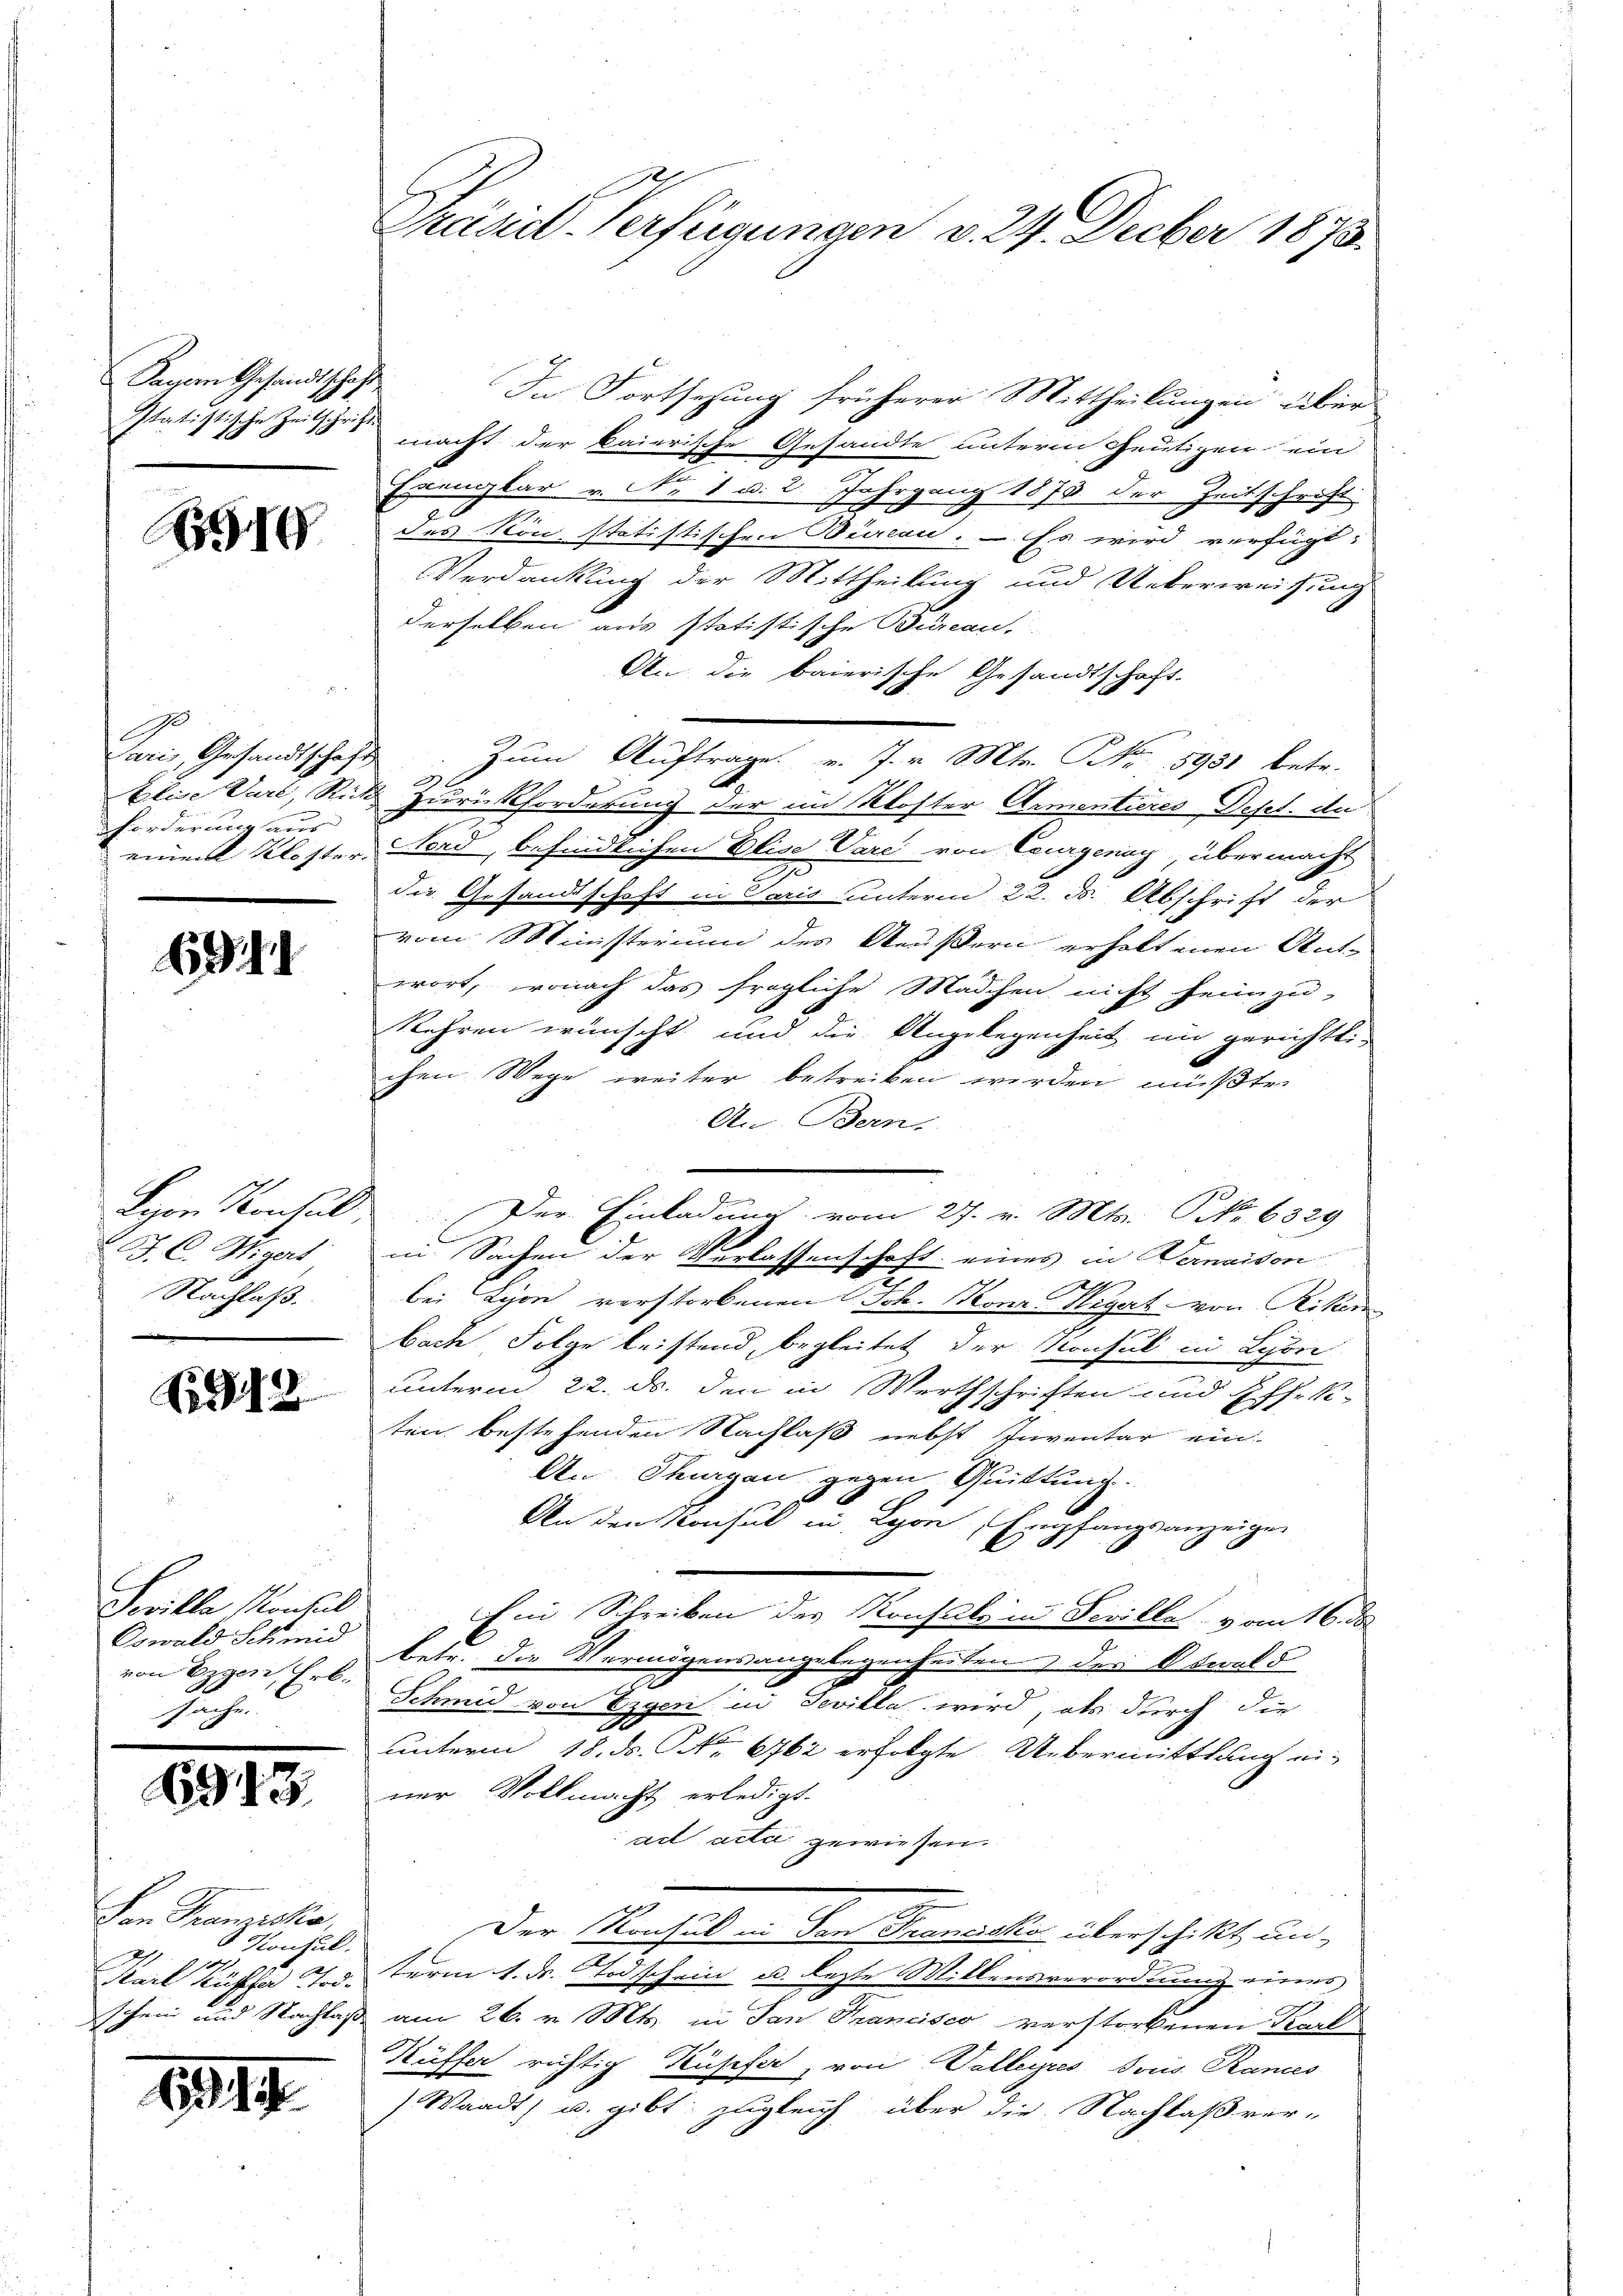
Sachen Gesandtschaft

510

10
Paris Gesandtschaf
Alise Verl, Ric
förderung aus
einem Kloster.

6944

Lyon Konsul
J. C. Wigers
Nachlaß.

512

Scilla Montul
Oswald Schmid
von Eigen, Erb.
sache.

694.

s

Von Franziska,
 Konsul
2/1 1107
Karl Küffer Tod.
schein und Nachlaße

1994.

Präsid. Verfügungen v. 24. Feber 1873.

In Fortsezung früherer Mittheilungen über
Itatistische Zeitsches macht der kaierische Gesandte unterm heutigen ein
Exenglar v. Nr. 1 d. 2. Jahrgang 1873 der Zeitschrift.
des Non statistischen Bircan. – Es wird verfügt:
Verdankung der Mittheilung und Ueberweisung
derselben aus statistische Bureau,
An die baierische Gesandtschaft.
a
c
zum Auftrage v. J. v. Mts. NNo. 18931 betr.
.
k. Zurückforderung der im Kloster Armentieres Depet. di
Nori, befindlichen Elise Vare von Courgenay, übermacht
die Gesandtschaft in Paris unterm 22. d. Abschrift der
vom Ministerium des Aeußern erholtenen Ant-
wort, wonach das fragliche Mädchen nicht heimzu-
kehren wünscht und die Angelegenheit im gerichtlichen Wege weiter betreiben werden müßte.
An-Bern.
Der Einladung vom 27. v. Mts. No 6329
in Sachen der Verlassenschaft eines in Vermaison
bei Lyon verstorbenen Joh. Konz Wigat von Riken
bach Folge leistend, begleitet der Konsul in Lyon
unterm 22. ds. den in Werthschriften und Effek-
ten bestehenden Nachlaß nebst Inventar ein
An Thurgau gegen Quittung.
An den Konsul in Lyon, Empfangsanzeigen
Ein Schreiben des Konsuls in Feville vom 16. ds
betr. die Vermögensangelegenheiten der Oswald
Schmid von Eigen in Devilla wird, als durch die
unterm 18. ds. S. 661 erfolgte Uebermittlung ei-
ner Vollmacht erledigt.
act acti gewiesen.
Der Nachal u. Von Francke überschickt, un
term 1. Dr. Todschein u. lezte Millensverordnung eines
am 26. v. Mts. in San Francisco verstorbenen Karl
Küffer richtig Kupfer, von Valleyres sous Randes
Waadt, u. gibt zugleich über die Nachlaßver-